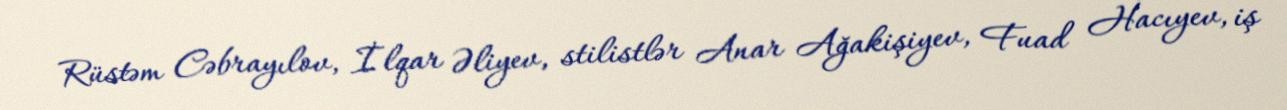
Rüstəm Cəbrayılov, İlqar Əliyev, stilistlər Anar Ağakişiyev, Fuad Hacıyev, iş